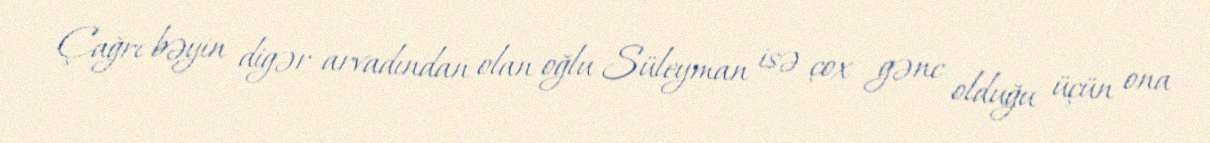
Çağrı bəyin digər arvadından olan oğlu Süleyman isə çox gənc olduğu üçün ona